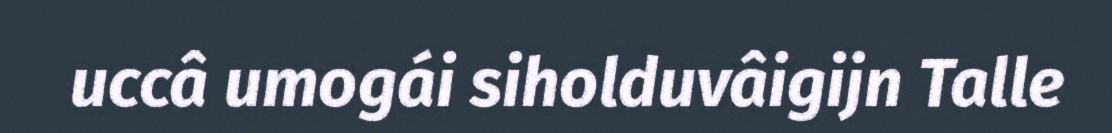
uccâ umogái siholduvâigijn Talle